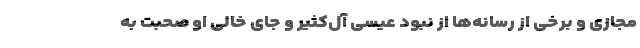
مجازی و برخی از رسانه‌ها از نبود عیسی آل‌کثیر و جای خالی او صحبت به